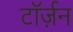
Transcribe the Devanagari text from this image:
टॉर्ज़न